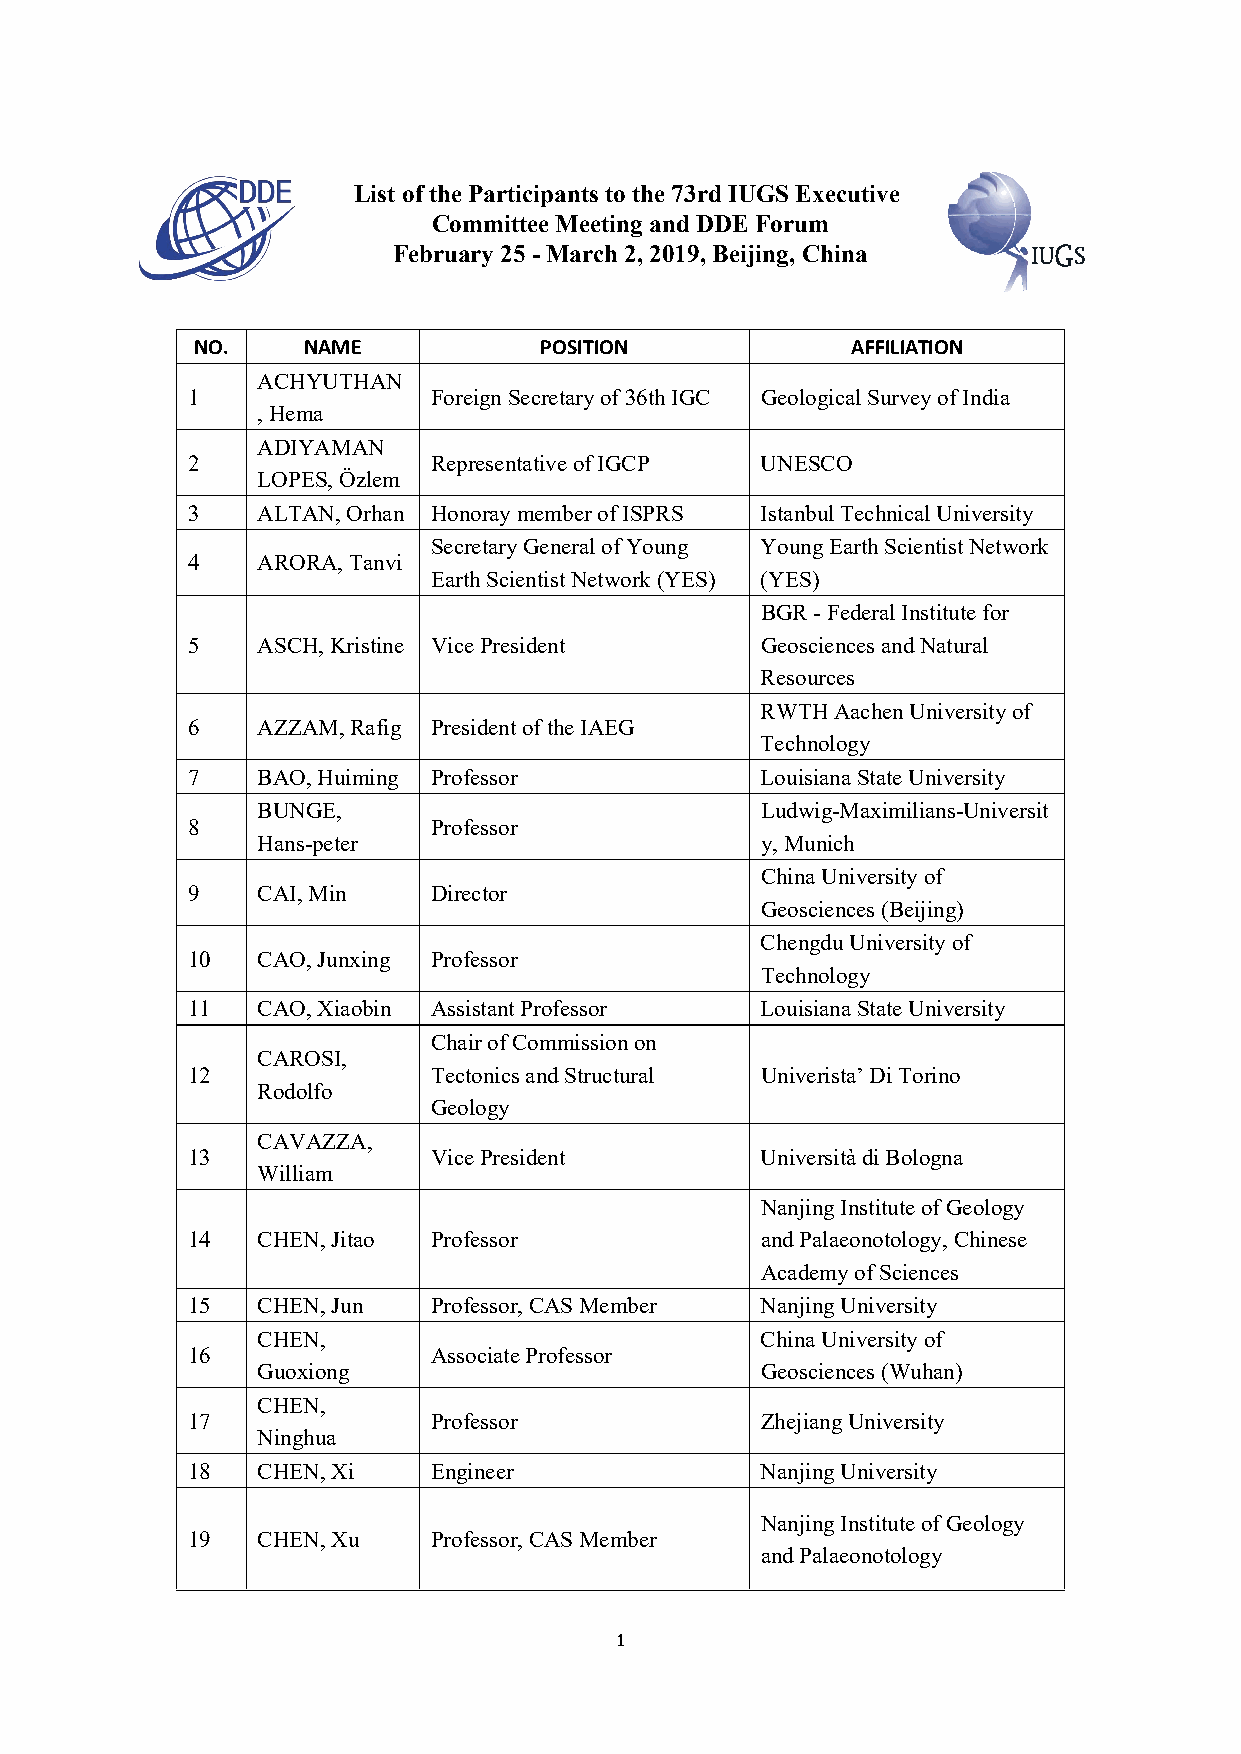
List of the Participants to the 73rd IUGS Executive
 Committee Meeting and DDE Forum
 February 25 - March 2, 2019, Beijing, China
 NO.    NAME            POSITION            AFFILIATION
 ACHYUTHAN
 1               ForeignSecretaryof36thIGC GeologicalSurveyofIndia
 ,Hema
 ADIYAMAN
 2               RepresentativeofIGCP  UNESCO
 LOPES,Özlem
 3    ALTAN,Orhan HonoraymemberofISPRS IstanbulTechnicalUniversity
 SecretaryGeneralofYoung YoungEarthScientistNetwork
 4    ARORA,Tanvi
 EarthScientistNetwork(YES) (YES)
 BGR-FederalInstitutefor
 5    ASCH,Kristine VicePresident      GeosciencesandNatural
 Resources
 RWTHAachenUniversityof
 6    AZZAM,Rafig PresidentoftheIAEG
 Technology
 7    BAO,Huiming Professor            LouisianaStateUniversity
 BUNGE,                           Ludwig-Maximilians-Universit
 8               Professor
 Hans-peter                       y,Munich
 ChinaUniversityof
 9    CAI,Min    Director
 Geosciences(Beijing)
 ChengduUniversityof
 10   CAO,Junxing Professor
 Technology
 11   CAO,Xiaobin AssistantProfessor   LouisianaStateUniversity
 ChairofCommissionon
 CAROSI,
 12              TectonicsandStructural Univerista’DiTorino
 Rodolfo
 Geology
 CAVAZZA,
 13              VicePresident         UniversitàdiBologna
 William
 NanjingInstituteofGeology
 14   CHEN,Jitao Professor             andPalaeonotology,Chinese
 AcademyofSciences
 15   CHEN,Jun   Professor,CASMember   NanjingUniversity
 CHEN,                            ChinaUniversityof
 16              AssociateProfessor
 Guoxiong                         Geosciences(Wuhan)
 CHEN,
 17              Professor             ZhejiangUniversity
 Ninghua
 18   CHEN,Xi    Engineer              NanjingUniversity
 NanjingInstituteofGeology
 19   CHEN,Xu    Professor,CASMember
 andPalaeonotology
 1